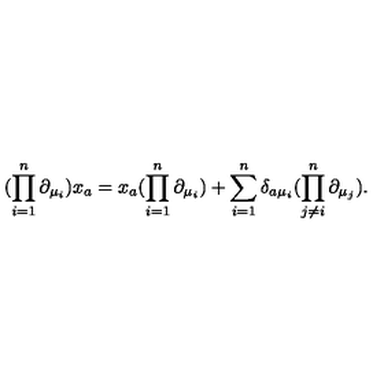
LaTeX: ( \prod _ { i = 1 } ^ { n } \partial _ { \mu _ { i } } ) x _ { a } = x _ { a } ( \prod _ { i = 1 } ^ { n } \partial _ { \mu _ { i } } ) + \sum _ { i = 1 } ^ { n } \delta _ { a \mu _ { i } } ( \prod _ { j \ne i } ^ { n } \partial _ { \mu _ { j } } ) .